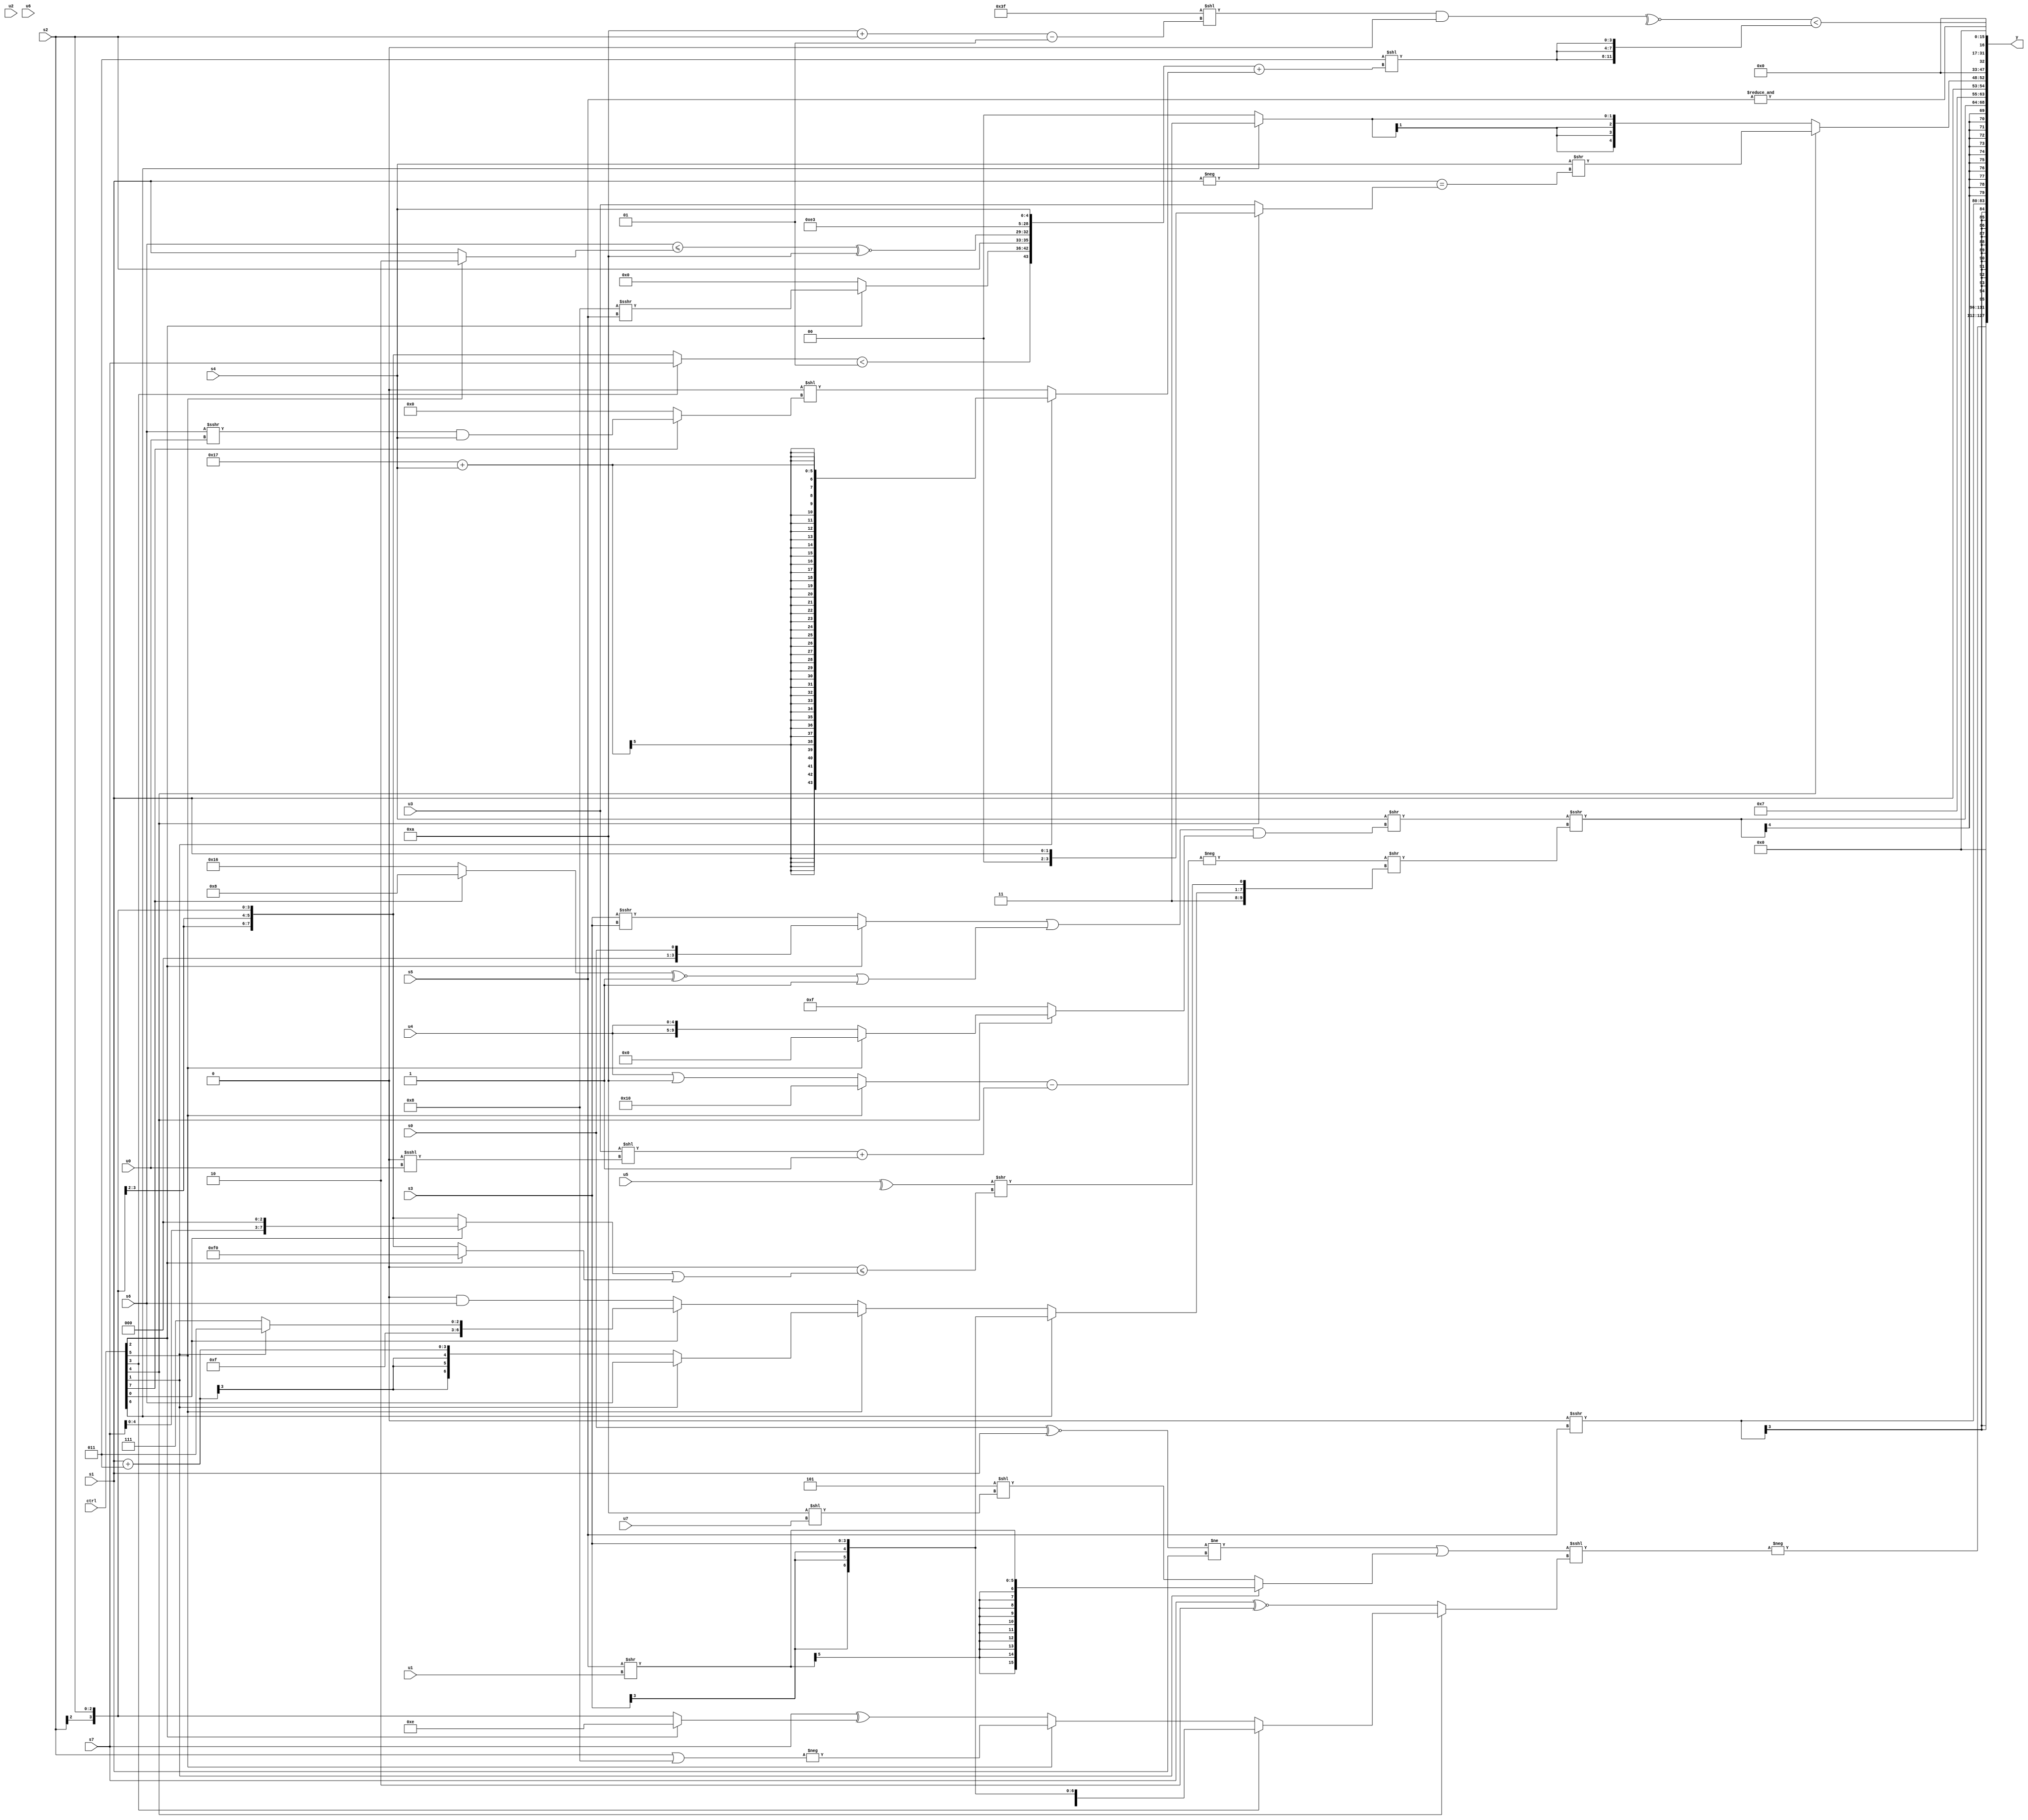
module wideexpr_00329(ctrl, u0, u1, u2, u3, u4, u5, u6, u7, s0, s1, s2, s3, s4, s5, s6, s7, y);
  input [7:0] ctrl;
  input [0:0] u0;
  input [1:0] u1;
  input [2:0] u2;
  input [3:0] u3;
  input [4:0] u4;
  input [5:0] u5;
  input [6:0] u6;
  input [7:0] u7;
  input signed [0:0] s0;
  input signed [1:0] s1;
  input signed [2:0] s2;
  input signed [3:0] s3;
  input signed [4:0] s4;
  input signed [5:0] s5;
  input signed [6:0] s6;
  input signed [7:0] s7;
  output [127:0] y;
  wire [15:0] y0;
  wire [15:0] y1;
  wire [15:0] y2;
  wire [15:0] y3;
  wire [15:0] y4;
  wire [15:0] y5;
  wire [15:0] y6;
  wire [15:0] y7;
  assign y = {y0,y1,y2,y3,y4,y5,y6,y7};
  assign y0 = -((($signed(($signed((s0)^~(s1)))!=(s1)))|((ctrl[1]?$signed($unsigned((s5)>>(u1))):(4'sb1101)<<($signed((5'sb11010)<<(u7))))))<<<((ctrl[4]?(ctrl[3]?+(s3):(ctrl[5]?-((s2)|(4'sb1000)):($signed(s7))^((ctrl[2]?4'sb1110:s2)))):(ctrl[4]?$signed(({4{u4}})!=({5'b11111,s0,5'b01010,s6})):+(+((s7)^~(2'sb10)))))));
  assign y1 = (({2{($signed({s2,2'sb01,s2,s7}))<<<((5'sb11011)+(-(s5)))}})^({4{(ctrl[2]?$signed((5'sb11110)<<<(1'b1)):+(-(s6)))}}))>>>(6'sb100011);
  assign y2 = $signed((4'sb0000)>>>($signed($unsigned(s5))));
  assign y3 = $signed(($signed((s4)>>((((ctrl[2]?s0:$signed((s3)>>>(s3))))|((((ctrl[7]?5'b01000:6'b010110))^~(+(3'b001)))|(~^(~^(6'b000010)))))&((ctrl[4]?(ctrl[5]?|(~^(6'sb011001)):{2{u4}}):$unsigned($unsigned({2{2'sb11}})))))))>>>((-($signed(($signed((ctrl[5]?~(4'sb1111):(u4)|(5'sb01010))))-(((u3)<<((1'sb0)<<<(u0)))+(1'sb1)))))>>({$unsigned(3'sb011),$signed((ctrl[6]?s3:(ctrl[5]?(ctrl[1]?$signed(s6):(s1)+(4'sb0011)):(ctrl[0]?(ctrl[1]?4'sb1011:1'sb1):(3'sb000)&(s6))))),(+(^(u5)))>>(($signed(1'sb0))<=(((ctrl[0]?(s7)<<<(3'sb011):s2))|((ctrl[2]?(1'sb1)<<(3'sb100):s2))))})));
  assign y4 = {{3{1'b1}},s1,(ctrl[4]?(s4)>>((-(s1))==((ctrl[4]?s1:u3))):$signed((ctrl[6]?$signed(2'sb11):+(1'b0))))};
  assign y5 = &($unsigned(s5));
  assign y6 = (~^((({3{2'sb11}})<<(+(+(+(((4'sb1010)+(s2))-($signed(2'sb01)))))))&(1'sb0)))<({3{(4'sb0011)<<(($signed({{((ctrl[3]?s7:s2))<((3'sb110)^~(3'sb000)),(ctrl[2]?(4'sb1000)>>>(s5):(s6)>>(4'sb1010)),s2},(($signed(s6))<=((ctrl[5]?2'sb10:s1)))^~({2{2'b10}}),($signed({4{6'sb001110}}))>>((4'sb1110)>>(+(1'sb0))),{s4}}))+((ctrl[1]?$signed((6'sb010111)+(s4)):($signed(((1'sb0)&(4'sb1011))<<<((6'sb011000)<<(1'b1))))<<((ctrl[7]?((s6)>>>(u0))&(s4):((s7)<<(4'sb1110))>>((1'sb1)>>>(6'sb110100)))))))}});
  assign y7 = (s6)>>($unsigned({2{{2{$signed({2{5'sb11100}})}}}}));
endmodule